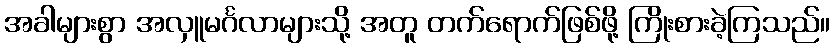
အခါများစွာ အလှူမင်္ဂလာများသို့ အတူ တက်ရောက်ဖြစ်ဖို့ ကြိုးစားခဲ့ကြသည်။